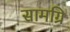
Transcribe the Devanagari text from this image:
सामग्रि